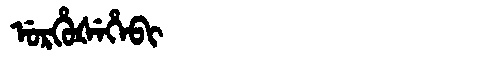
Manchu: ᡠᡵᡥᡠᡧᡝᡥᡝᠪᡳ
Romanization: URHUŠEHEBI